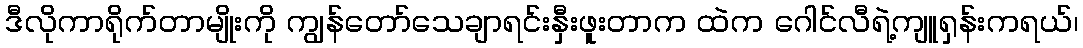
ဒီလိုကာရိုက်တာမျိုးကို ကျွန်တော်သေချာရင်းနှီးဖူးတာက ထဲက ဂေါင်လီရဲ့ကျူရှန်းကရယ်၊